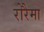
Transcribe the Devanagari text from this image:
रोरैमा